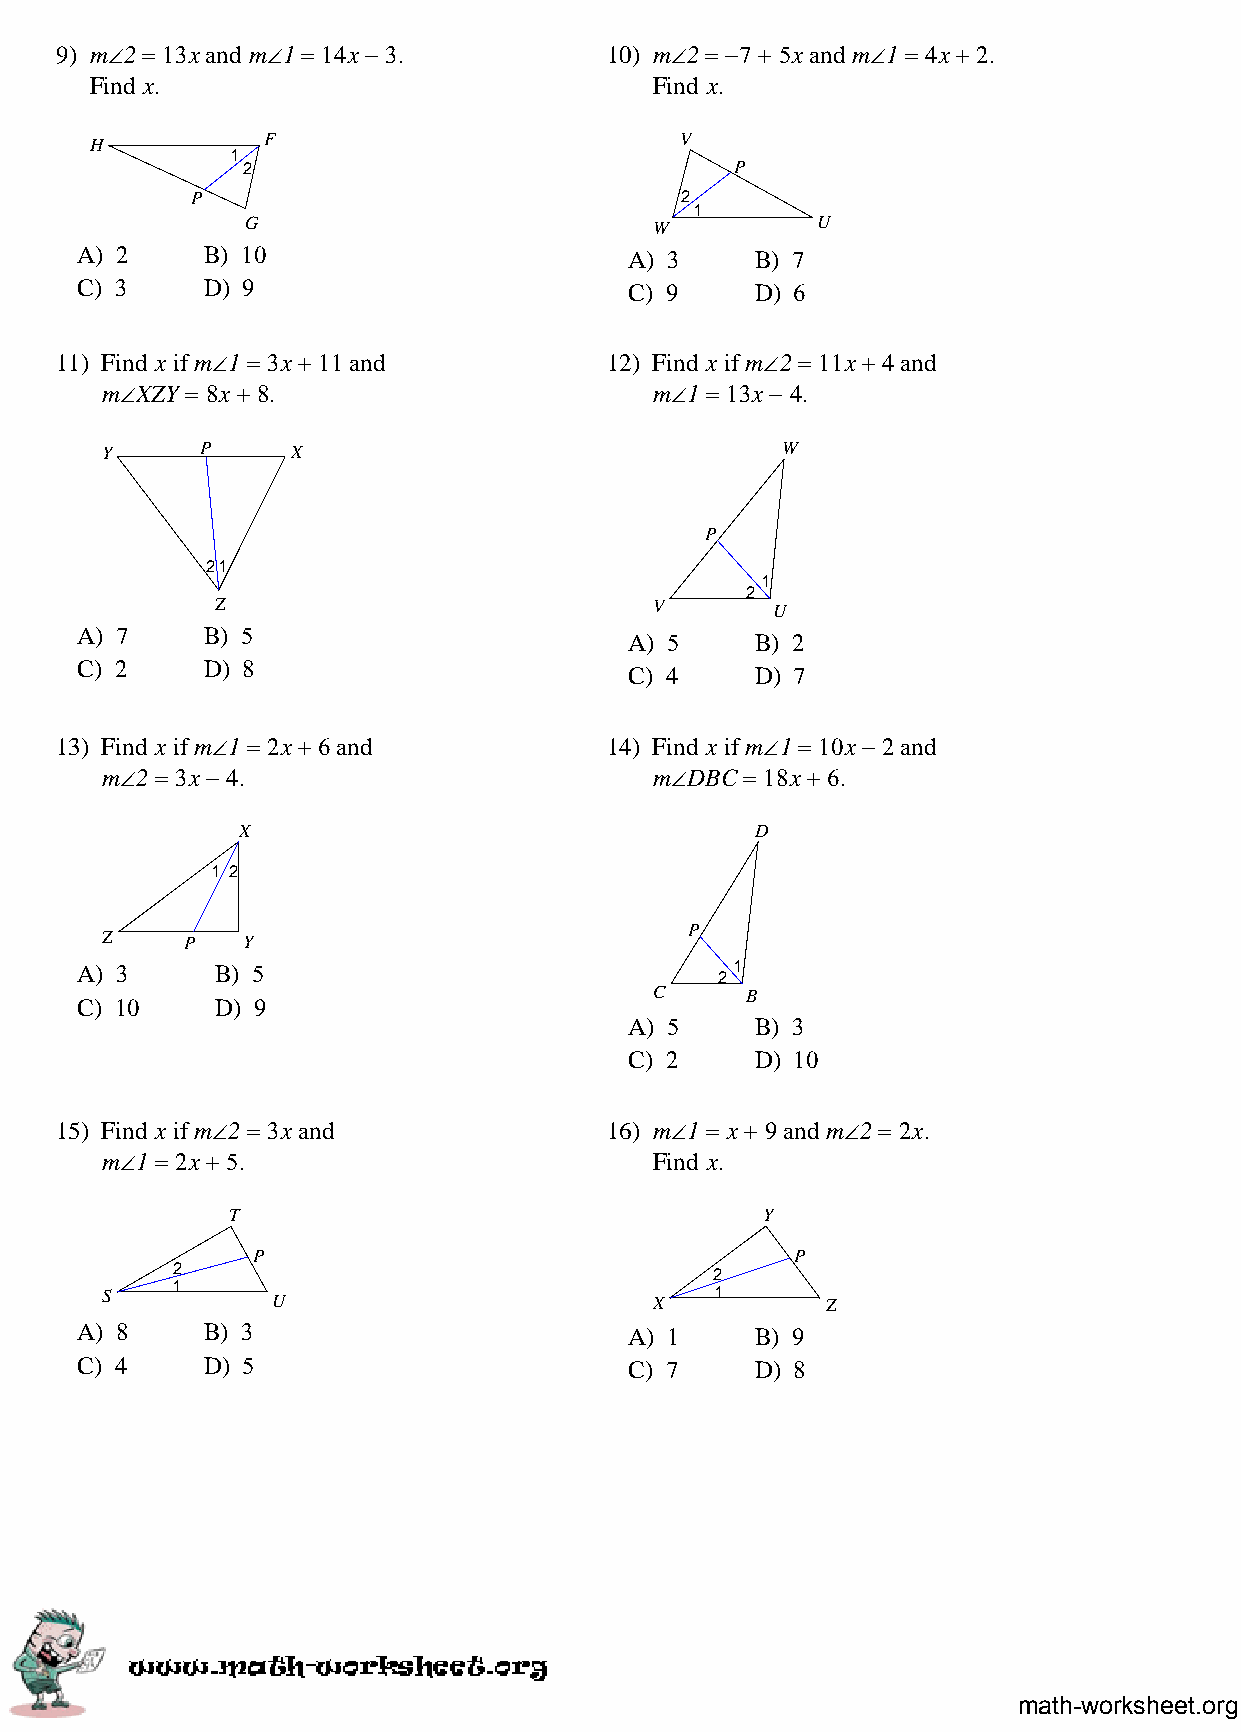
9) m∠2 = 13x and m∠1 = 14x − 3.     10) m∠2 = −7 + 5x and m∠1 = 4x + 2.
 Find x.                              Find x.
 H          F                           V
 1
 2                                P
 P                               2
 1
 G                          W          U
 A) 2    B) 10                        A) 3    B) 7
 C) 3    D) 9                         C) 9    D) 6
 11) Find x if m∠1 = 3x + 11 and     12) Find x if m∠2 = 11x + 4 and
 m∠XZY = 8x + 8.                     m∠1 = 13x − 4.
 Y     P     X                                W
 P
 21
 1
 2
 Z                            V       U
 A) 7    B) 5
 A) 5    B) 2
 C) 2    D) 8
 C) 4    D) 7
 13) Find x if m∠1 = 2x + 6 and      14) Find x if m∠1 = 10x − 2 and
 m∠2 = 3x − 4.                       m∠DBC = 18x + 6.
 X                                 D
 1 2
 P
 Z    P   Y
 A) 3     B) 5                               1
 2
 C     B
 C) 10    D) 9
 A) 5    B) 3
 C) 2    D) 10
 15) Find x if m∠2 = 3x and          16) m∠1 = x + 9 and m∠2 = 2x.
 m∠1 = 2x + 5.                       Find x.
 T                                  Y
 P                                   P
 2                                   2
 S   1      U                        X   1       Z
 A) 8    B) 3                         A) 1    B) 9
 C) 4    D) 5                         C) 7    D) 8
 math-worksheet.org